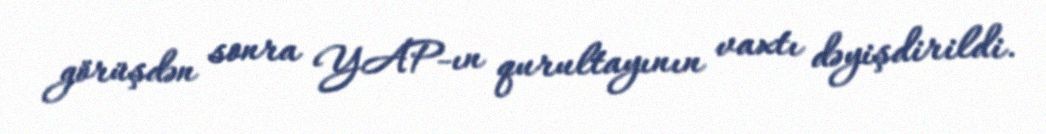
görüşdən sonra YAP-ın qurultayının vaxtı dəyişdirildi.